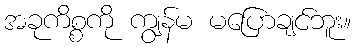
အခုကိစ္စကို ကျွန်မ မပြောချင်ဘူး။